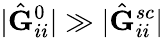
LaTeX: |\hat{\mathbf{G}}_{ii}^{0}|\gg|\hat{\mathbf{G}}_{ii}^{sc}|